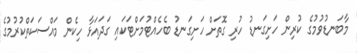
މާބަނޑުވުމުގެ ކުރިން ހަށިގަނޑު ހުރި ގޮތަށް ހަށިގަނޑު ބެހެއްޓުމަށްޓަކައި ގަދައަޅާ ހިކެން މައްސަކަތްކުރުމުގެ